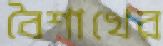
বৈশাখের